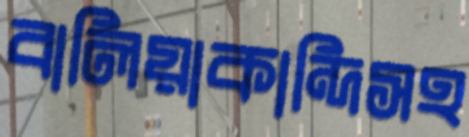
বালিয়াকান্দিসহ